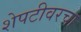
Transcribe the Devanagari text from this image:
शेपटीवरचा